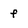
Character: f